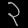
Digit: ၃